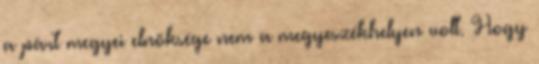
a párt megyei elnöksége nem a megyeszékhelyen volt. Hogy